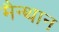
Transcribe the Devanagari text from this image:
मैन्थान